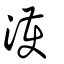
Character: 濩